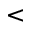
<